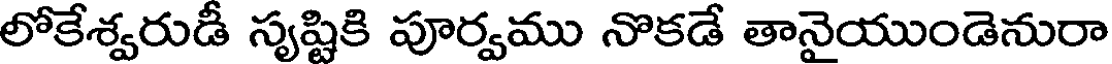
లోకేశ్వరుడీ సృష్టికి పూర్వము నొకడే తానైయుండెనురా